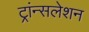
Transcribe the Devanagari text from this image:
ट्रांन्सलेशन